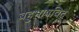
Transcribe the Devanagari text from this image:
बहुभाषविद्